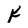
Character: K